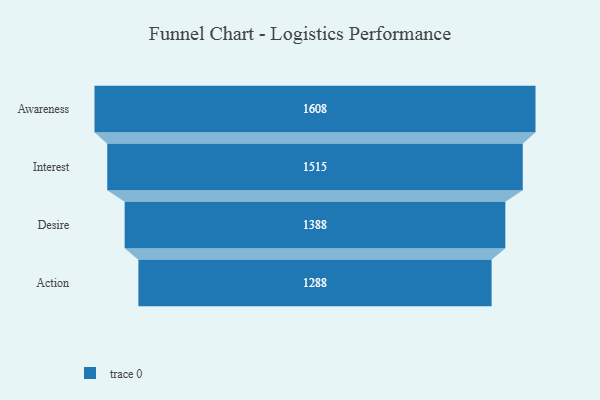
{"axis": {"x": "Stage", "y": "Value"}, "legend": [""], "data": [{"x": "Awareness", "y": 1608.0, "type": ""}, {"x": "Interest", "y": 1515.0, "type": ""}, {"x": "Desire", "y": 1388.0, "type": ""}, {"x": "Action", "y": 1288.0, "type": ""}]}